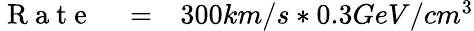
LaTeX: \begin{array}{rlr}{\mathrm{~R~a~t~e~}}&{{}=}&{300km/s*0.3GeV/cm^{3}}\end{array}